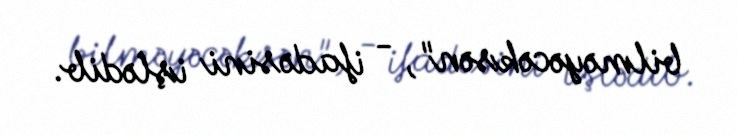
bilməyəcəksən", - ifadəsini işlədib.